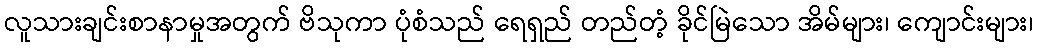
လူသားချင်းစာနာမှုအတွက် ဗိသုကာ ပုံစံသည် ရေရှည် တည်တံ့ ခိုင်မြဲသော အိမ်များ၊ ကျောင်းများ၊